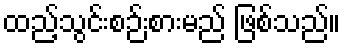
ထည့်သွင်းစဉ်းစားမည် ဖြစ်သည်။